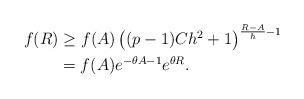
LaTeX: \begin{align*}f(R)&\geq f(A) \left((p-1) C h^2 + 1 \right)^{\frac{R-A}{h}-1}\\&= f(A) e^{-\theta A-1} e^{\theta R}.\end{align*}